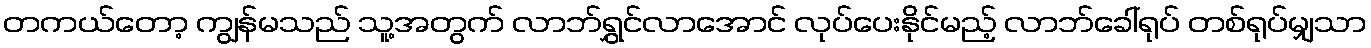
တကယ်တော့ ကျွန်မသည် သူ့အတွက် လာဘ်ရွှင်လာအောင် လုပ်ပေးနိုင်မည့် လာဘ်ခေါ်ရုပ် တစ်ရုပ်မျှသာ